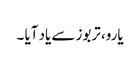
یارو، تربوز سے یاد آیا ۔